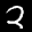
Label: 2